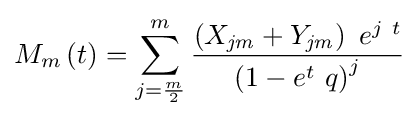
M_{m}\left(t\right)=\sum _{j={\frac {m}{2}}}^{m}{\frac {\left(X_{\it {jm}}+Y_{\it {jm}}\right)~e^{j~t}}{\left(1-e^{t}~q\right)^{j}}}